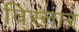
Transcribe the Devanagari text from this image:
वि्स्तार